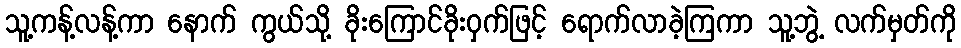
သူ့ကန့်လန့်ကာ နောက် ကွယ်သို့ ခိုးကြောင်ခိုးဝှက်ဖြင့် ရောက်လာခဲ့ကြကာ သူ့ဘွဲ့ လက်မှတ်ကို